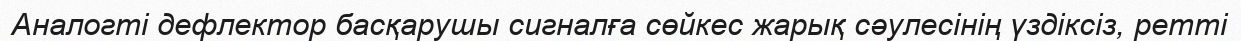
Аналогті дефлектор басқарушы сигналға сөйкес жарық сәулесінің үздіксіз, ретті